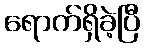
ရောက်ရှိခဲ့ပြီ